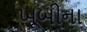
ખૂબીના